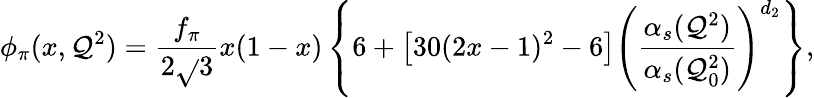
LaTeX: \phi_{\pi}(x,\mathcal{Q}^{2})=\frac{{f_{\pi}}}{{2\sqrt{}{{3}}}}x(1-x)\left\{ 6+\left[30(2x-1)^{2}-6\right]\left(\frac{{\alpha_{s}(\mathcal{Q}^{2})}}{{\alpha_{s}(\mathcal{Q}_{0}^{2})}}\right)^{d_{2}}\right\} ,